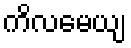
ကိလမေယျ